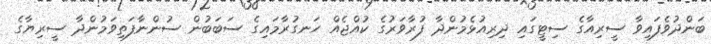
ބަންދުވެފައިވާ ސީރިއާގެ ސިޓީގައި ދިރިއުޅެމުންދާ ފުރާވަރުގެ ކުއްޖެއް ހަނގުރާމައިގެ ސަބަބުން ސުންނާފަތިވަމުންދާ ސީރިޔާގެ